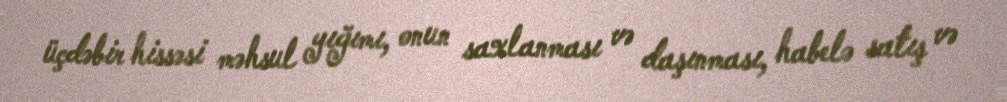
üçdəbir hissəsi məhsul yığımı, onun saxlanması və daşınması, habelə satış və